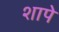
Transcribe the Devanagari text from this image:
शापे